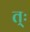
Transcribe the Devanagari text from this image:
त्ः